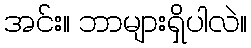
အင်း။ ဘာများရှိပါလဲ။